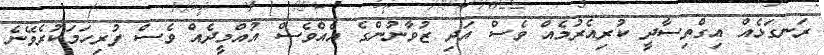
ރަނގަޅެއް އިގްތިސާދީ ކުރިއެރުމެއް ވެސް އަދި ޒުވާނުންގެ އެއްވެސް އުއްމީދެއް ވެސް ފުރިހަމަކުރެވޭނެ